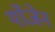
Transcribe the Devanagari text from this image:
र्योजेन